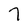
Character: 7